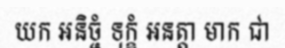
យក អនិច្ចំ ទុក្ខំ អនត្តា មាក ជា